Report on horse surra - Volume I
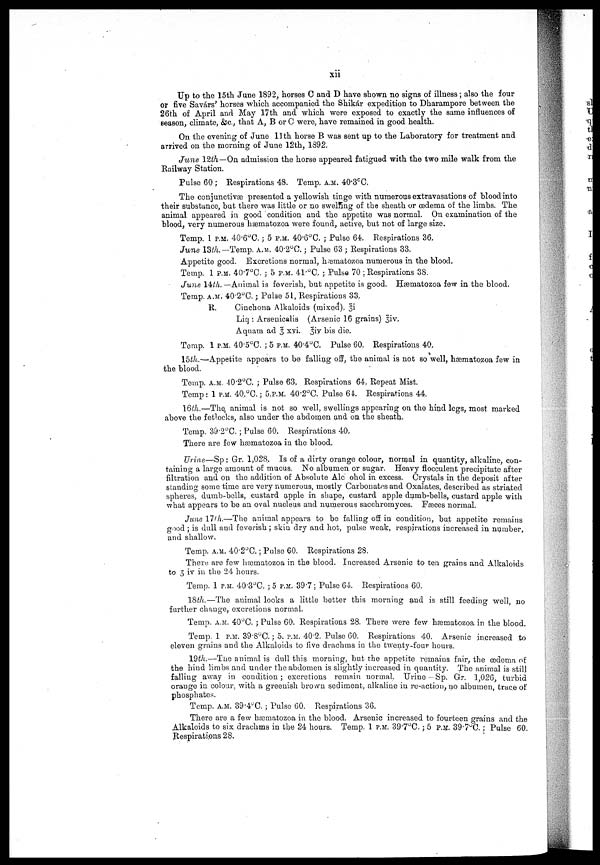
xii
Up to the 15th June 1892, horses C and D have shown no signs of illness ; also the four
or five Savárs' horses which accompanied the Shikar expedition to Dharampore between the
26th of April and May 17th and which were exposed to exactly the same influences of
season, climate, &c., that A, B or C were, have remained in good health.
On the evening of June 11th horse B was sent up to the Laboratory for treatment and
arrived on the morning of June 12th, 1392.
June 12th—On admission the horse appeared fatigued with the two mile walk from the
Railway Station.
Pulse 60 ; Respirations 48. Temp, A.M. 40.3°C.
The conjunctivæ presented a yellowish tinge with numerous extravasations of blood into
their substance, but there was little or no swelling of the sheath or œdema of the limbs. The
animal appeared in good condition and the appetite was normal. On examination of the
blood, very numerous hæmatozoa were found, active, but not of large size.
Temp. 1 P.M. 40.6°C. ; 5 P.M. 40.6°C. ; Pulse 64. Respirations 36,
June 13th.— Temp. A.M. 40.2°C.; Pulse 63 ; Respirations 33.
Appetite good. Excretions normal, hæmatozoa numerous in the blood.
Temp. 1 P.M. 40.7°C. ; 5 P.M. 41.°C, ; Pulse 70 ; Respirations 38.
June 14th. —Animal is feverish, but appetite is good. Hæmatozoa few in the blood.
Temp. A.M. 40.2°C.; Pulse 51, Respirations 33,
R.
Cinchona Alkaloids (mixed), 3i
Liq : Arsenicalis (Arsenic 16 grains) 3iv.
Aquam ad 3 xvi. 3iv bis die.
Temp. 1 P.M. 40.5°C. ; 5 P.M. 40.4°C, Pulse 60, Respirations 40,
15th.—Appetite appears to be falling off, the animal is not so well, hæmatozoa few in
the blood.
Temp. A.M. 40.2°C. ; Pulse 63, Respirations 64, Repeat Mist.
Temp : 1 P.M. 40,°C.; 5.P.M. 40.2°C. Pulse 64, Respirations 44,
16 th.—The, animal is not so well, swellings appearing on the hind legs, most marked
above the fetlocks, also under the abdomen and on the sheath.
Temp. 39.2°C. ; Pulse 60, Respirations 40.
There are few hæmatozoa in the blood.
Urine—Sp : Gr. 1,028, Is of a dirty orange colour, normal in quantity, alkaline, con-
taining a large amount of mucus. No albumen or sugar. Heavy flocculent precipitate after
filtration and on the addition of Absolute Alcohol in excess. Crystals in the deposit after
standing some time are very numerous, mostly Carbonates and Oxalates, described as striated
spheres, dumb-bells, custard apple in shape, custard apple dumb-bells, custard apple with
what appears to be an oval nucleus and numerous sacchromyces. Fæces normal.
June 17th.—The animal appears to be falling off in condition, but appetite remains
good ; is dull and feverish ; skin dry and hot, pulse weak, respirations increased in number,
and shallow.
Temp. A.M. 40.2°C.; Pulse 60. Respirations 28.
There are few hæmatozoa in the blood. Increased Arsenic to ten grains and Alkaloids
to 3 iv in the 24 hours.
Temp. 1 P.M. 40.3°C. ; 5 P.M. 39.7; Pulse 64, Respirations 60,
18th.—The animal looks a little better this morning and is still feeding well, no
further change, excretions normal.
Temp. A.M. 40°C. ; Pulse 60. Respirations 28. There were few hæmatozoa in the blood.
Temp. 1 P.M. 39.8°C.; 5. P.M. 40.2. Pulse 60. Respirations 40. Arsenic increased to
eleven grains and the Alkaloids to five drachms in the twenty-four hours.
19th.—The animal is dull this morning, but the appetite remains fair, the œdema of
the hind limbs and under the abdomen is slightly increased in quantity. The animal is still
falling away in condition; excretions remain normal, Urine—Sp. Gr. 1,026, turbid
orange in colour, with a greenish brown sediment, alkaline in re-action, no albumen, trace of
phosphates.
Temp. A.M. 39.4°C.; Pulse 60. Respirations 36.
There are a few hæmatozoa in the blood. Arsenic increased to fourteen grains and the
Alkaloids to six drachms in the 24 hours. Temp. 1 P.M. 39.7°C.; 5 P.M. 39.7°C.; Pulse 60.
Respirations 28.